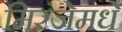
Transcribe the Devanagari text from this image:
मिरजेमधे